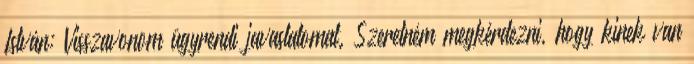
István: Visszavonom ügyrendi javaslatomat. Szeretném megkérdezni, hogy kinek van